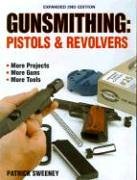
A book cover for Gunsmithing - Pistols & Revolvers; Patrick Sweeney; Crafts, Hobbies & Home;